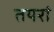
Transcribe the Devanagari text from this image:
तयरां